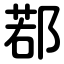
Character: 鄀